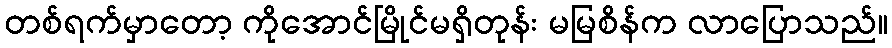
တစ်ရက်မှာတော့ ကိုအောင်မြိုင်မရှိတုန်း မမြစိန်က လာပြောသည်။